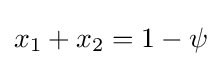
x_{1}+x_{2}=1-\psi